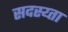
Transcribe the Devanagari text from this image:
सदस्य्ता